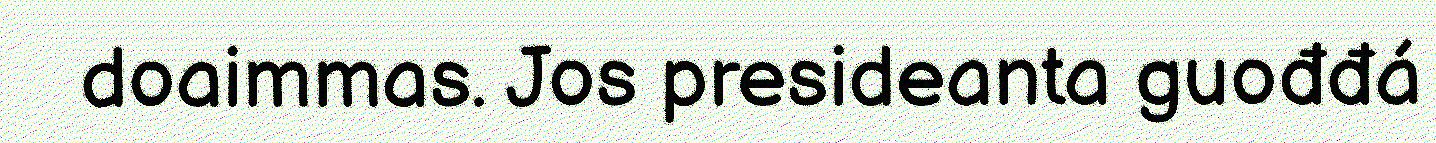
doaimmas. Jos presideanta guođđá